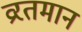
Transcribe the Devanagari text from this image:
व्ररतमान